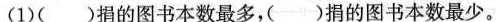
(1)( )捐的图书本数最多，( )捐的图书本数最少。